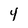
Character: 4